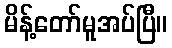
မိန့်တော်မူအပ်ပြီ။